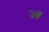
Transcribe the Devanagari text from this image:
ज्यँ